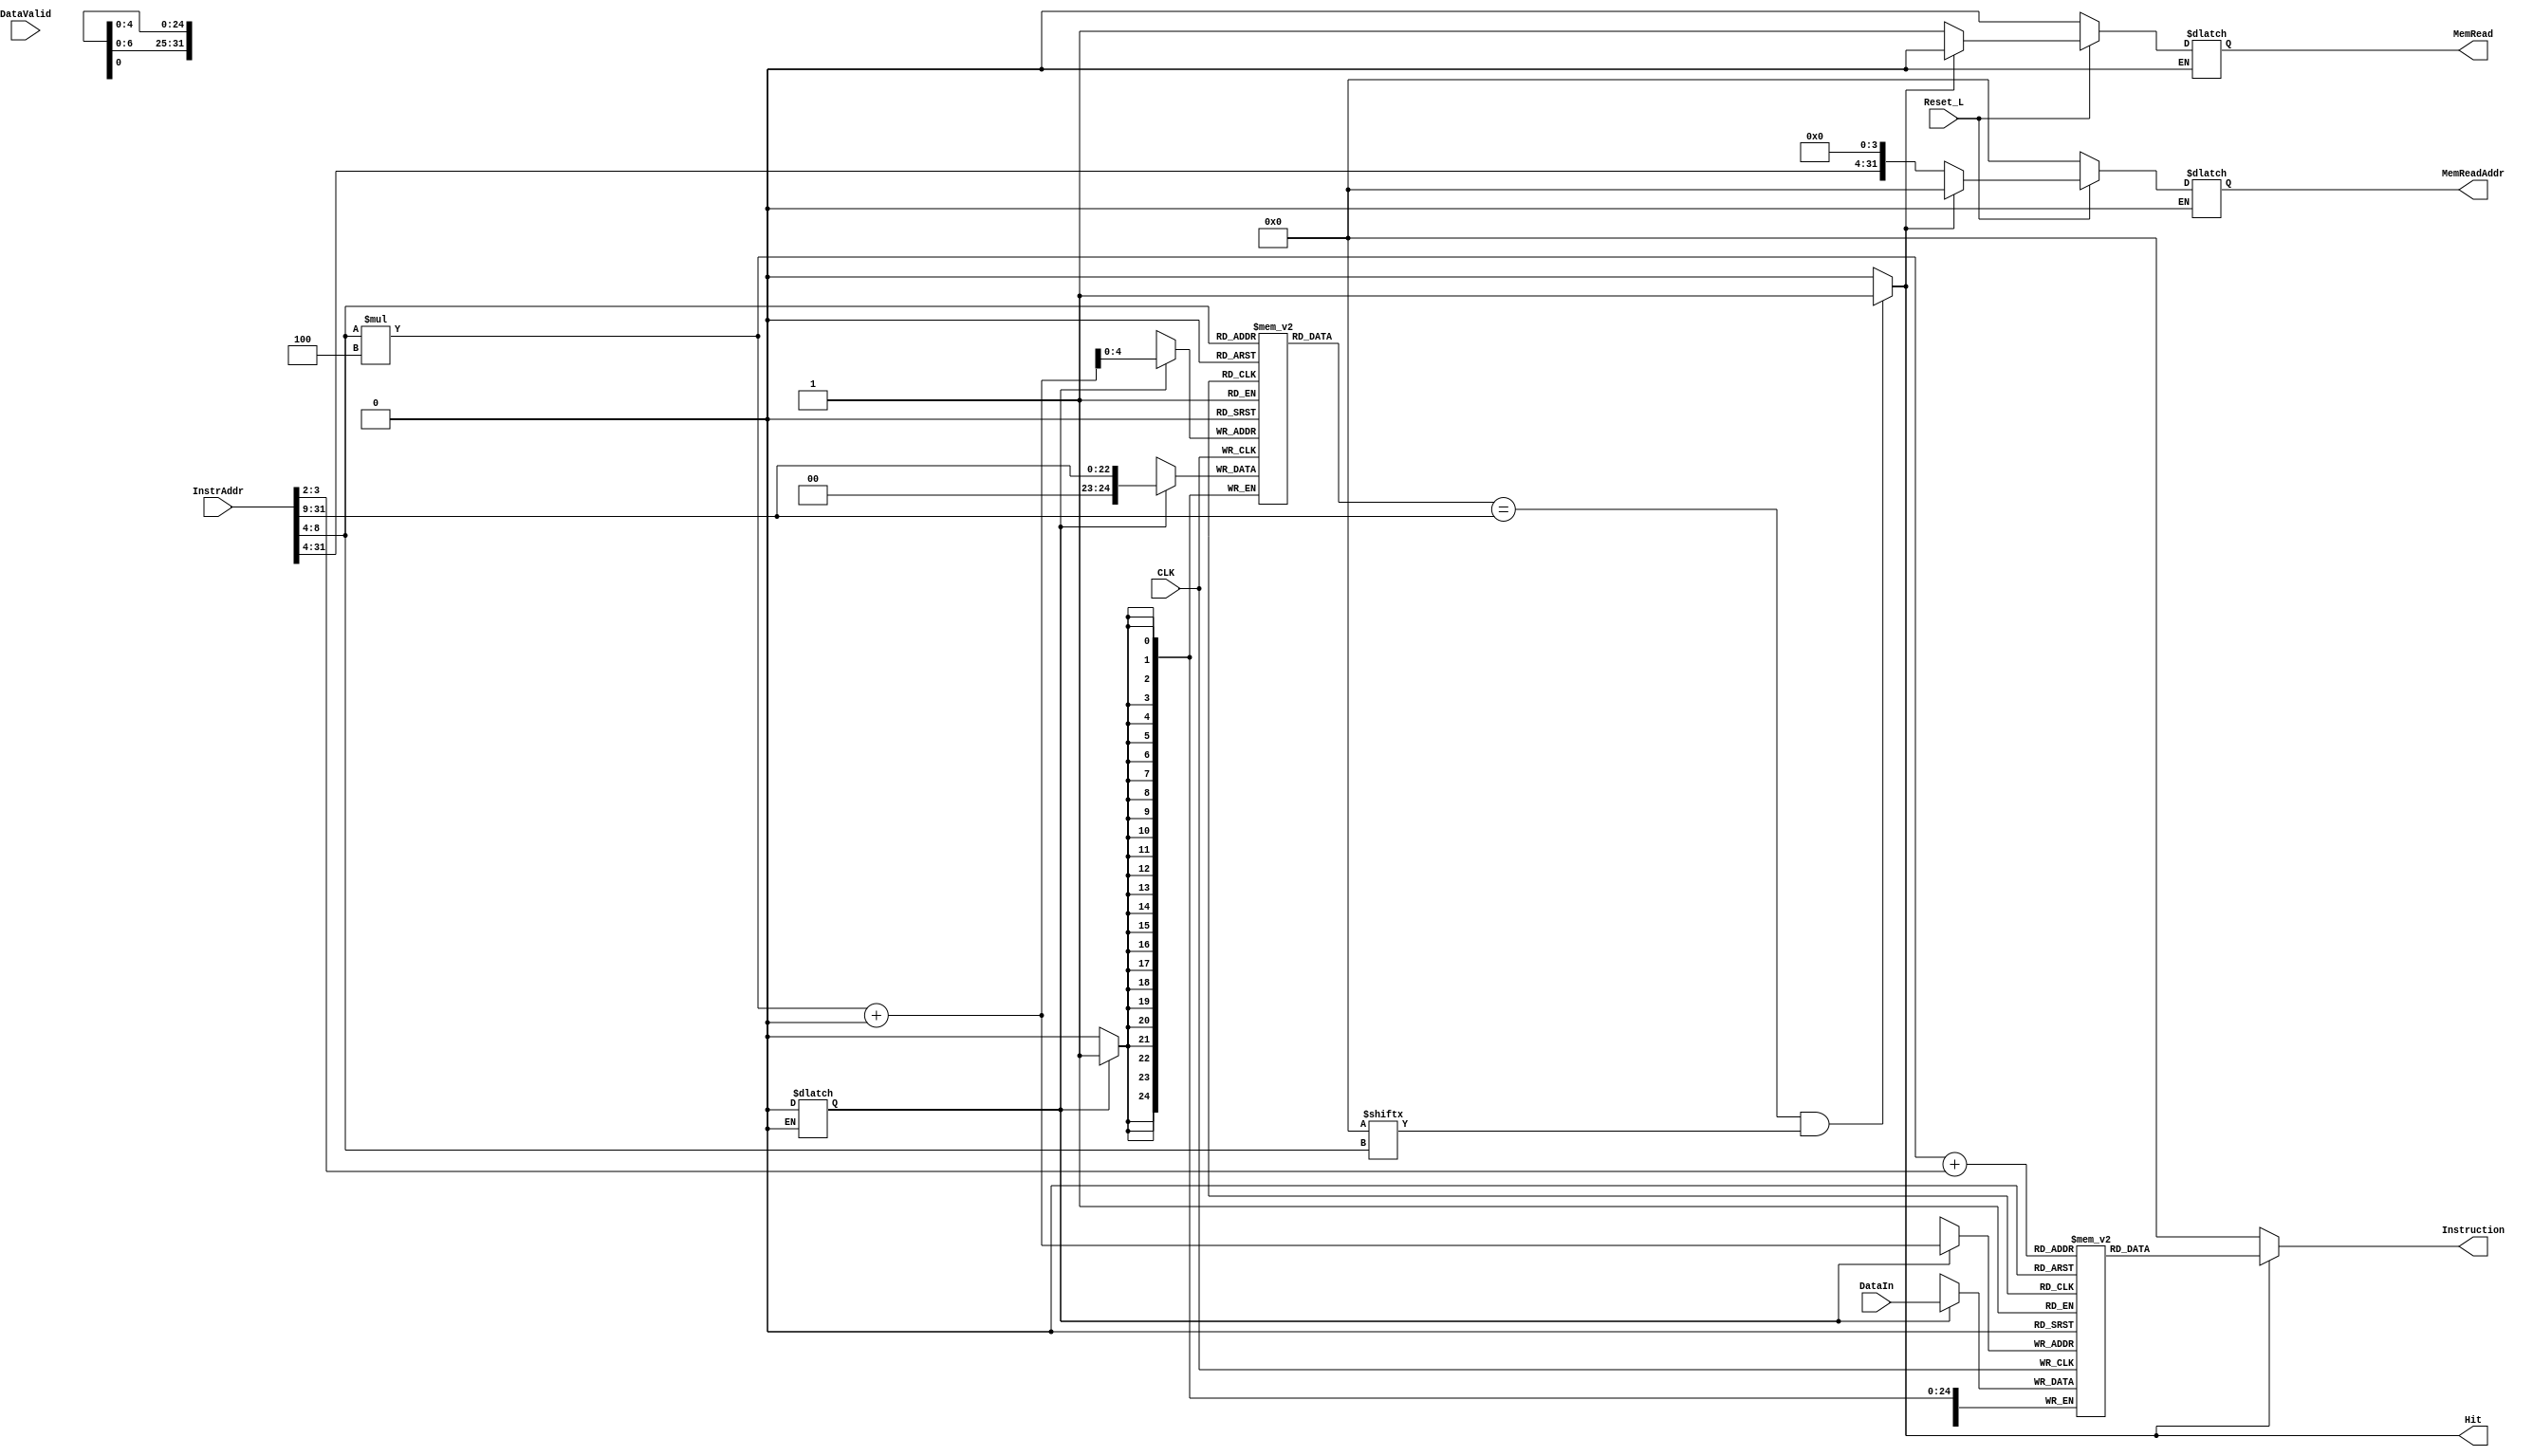
`timescale 1ns/1ps
`default_nettype none

`define NoMissState 			2'b00
`define ReqWordState 		2'b01
`define LoadWordState		2'b10

module InstructionCache(MemRead, MemReadAddr, Instruction, Hit,
								InstrAddr, DataValid, DataIn, CLK, Reset_L);
	input wire CLK;
	input wire Reset_L;
	/* Interface to Core */
	input wire [31:0] InstrAddr;
	output wire [31:0] Instruction;
	output wire Hit;
	/* Interface to Memory Controller */
	input wire DataValid;
	input wire [31:0] DataIn; // 32 bit data bus from memory controller
	output reg MemRead;
	output reg [31:0] MemReadAddr;
	
	reg [1:0] CurrState = 2'b00;
	reg [1:0] NextState = 2'b00;
	wire [22:0] Tag;  /* tagwidth = 28-5 = 23 */
	wire [4:0] Index; /* index width = log2(index height) = log2(32) = 5 */
	wire [1:0] Offset; /* 1 cache block = 4 word */
	reg TagWrEn = 0, DataWrEn = 0;
	reg [2:0] LdIndex = 0;
	
	reg [31:0] DataBlockRam [127:0];
	reg [24:0] TagRam[31:0];
	reg [31:0] Valid = 32'b0;

	/* initialize memory */
	integer k;
	initial begin
		for (k = 0; k < 32; k = k + 1) begin
			TagRam[k] = 25'b0;
		end
		for (k = 0; k < 128; k = k + 1) begin
			DataBlockRam[k] = 32'b0;
		end
	end	

	assign {Tag, Index, Offset} = InstrAddr[31:2];
	assign Hit = ((TagRam[Index] == Tag) && Valid[Index]) ? 1 : 0;
	assign Instruction = (Hit == 1) ? DataBlockRam[Index*4+Offset] : 0;
//	assign DataBlockRam[Index*4+LdIndex] = (DataWrEn==1) ? DataIn : DataBlockRam[Index*4+LdIndex];
//	assign TagRam[Index*4+LdIndex] = (TagWrEn==1) ? Tag : TagRam[Index*4+LdIndex];
	
//	always @(negedge Reset_L) begin
//		if(~Reset_L) begin
//			MemRead <= 0;
//			MemReadAddr <= 0;
//			Valid <= 0;
//			LdIndex <= 0;
//			DataWrEn <= 0;
//			TagWrEn <= 0;
//			CurrState <= `NoMissState;
//			NextState <= `NoMissState;
//		end
//	end

	always @(posedge CLK) begin
		CurrState <= NextState;			
		if(DataWrEn == 1) begin
			DataBlockRam[Index*4+LdIndex] <= DataIn;
			LdIndex <= LdIndex + 1;
			Valid[Index] <= 0;
		end else if(LdIndex == 3'b100) begin
			LdIndex <= 3'b000;
			Valid[Index] <= 1;
		end
		if(TagWrEn) begin
			TagRam[Index*4+LdIndex] <= Tag;
		end
	end
	
	always @(*) begin
		if(~Reset_L) begin
			MemRead = 0;
			MemReadAddr = 0;
			Valid = 0;
			LdIndex = 0;
			DataWrEn = 0;
			TagWrEn = 0;
			CurrState = `NoMissState;
			NextState = `NoMissState;		
		end else begin
		if(CurrState == `NoMissState) begin
			if(~Hit) begin
				NextState = `ReqWordState;
				MemRead = 1;
				MemReadAddr = {InstrAddr[31:4], LdIndex[1:0], 2'b00};
				DataWrEn = 0;
				TagWrEn = 0;
			end else begin
				NextState = `NoMissState;
				DataWrEn = 0;
				TagWrEn = 0;
				MemRead = 0;
				MemReadAddr = 0;
			end
		end else if(CurrState == `ReqWordState) begin
			if(~DataValid) begin
				NextState = `ReqWordState;
				MemRead = 1;
				MemReadAddr = {InstrAddr[31:4], LdIndex[1:0], 2'b00};
				DataWrEn = 0;
				TagWrEn = 0;
			end else begin
				NextState = `LoadWordState;
				MemRead = 0;
				MemReadAddr = 0;
				DataWrEn = 1;
				if(LdIndex == 3'b011) TagWrEn = 1;
				else TagWrEn = 0;
			end
		end else if(CurrState == `LoadWordState) begin
			if(LdIndex == 3'b100) begin
				NextState = `NoMissState;
				DataWrEn = 0;
				TagWrEn = 0;
				MemRead = 0;
				MemReadAddr = 0;			
			end else begin
				NextState = `ReqWordState;
				DataWrEn = 0;
				TagWrEn = 0;
				MemRead = 1;
				MemReadAddr = {InstrAddr[31:4], LdIndex[1:0], 2'b00};
			end
		end
		end
	end
endmodule